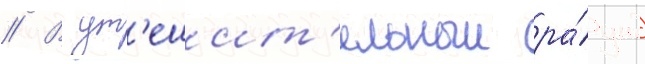
// В ут'ешит'ельныи ра́унд